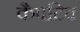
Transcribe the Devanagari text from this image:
कैपटिव